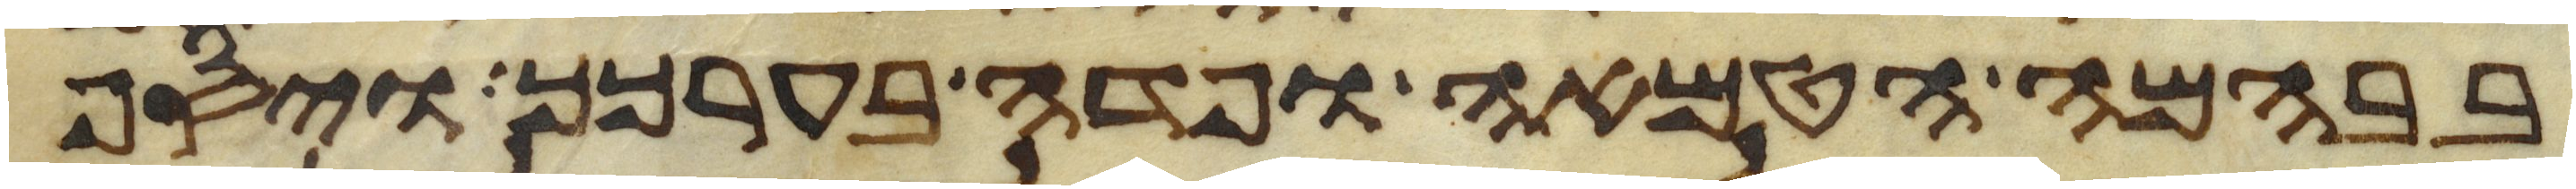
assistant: בבהמה הטמאה ופדה בערכך ויסף